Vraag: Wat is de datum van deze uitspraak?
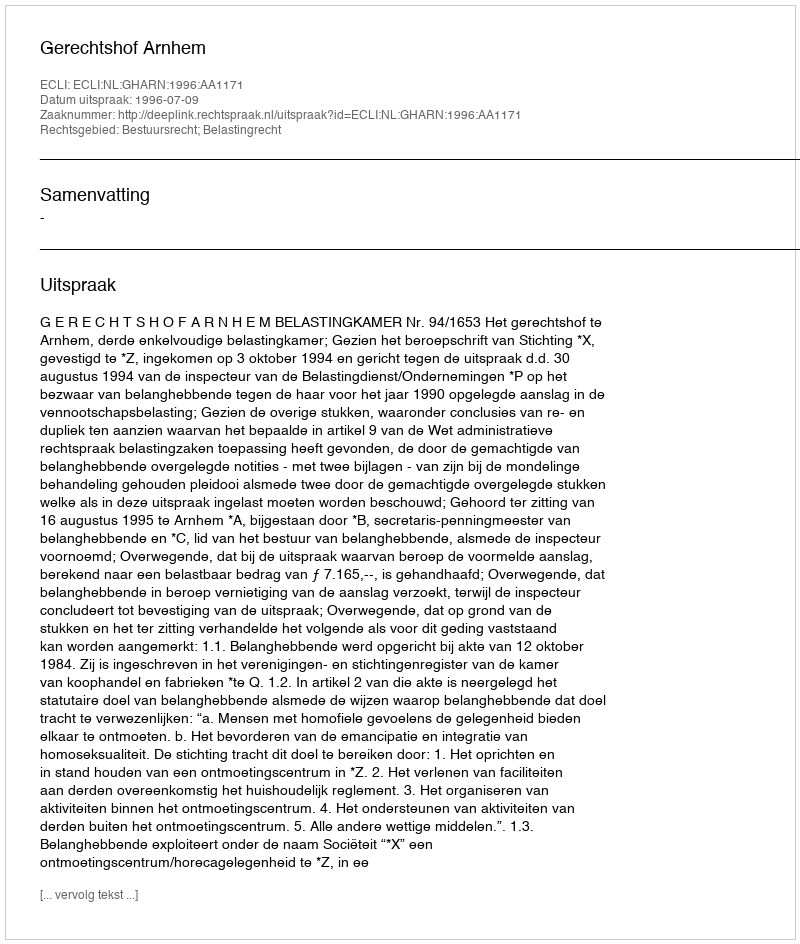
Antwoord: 1996-07-09